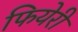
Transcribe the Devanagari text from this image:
फियेरी